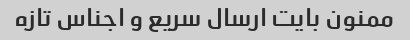
ممنون بایت ارسال سریع و اجناس تازه